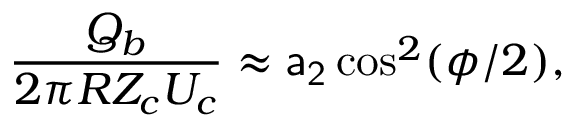
\frac { Q _ { b } } { 2 \pi R Z _ { c } U _ { c } } \approx \mathsf { a _ { 2 } } \cos ^ { 2 } ( \phi / 2 ) ,